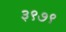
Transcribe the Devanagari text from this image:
३९७९